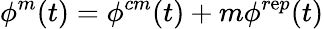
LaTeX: \phi^{m}(t)=\phi^{cm}(t)+m\phi^{r\mathrm{e}p}(t)